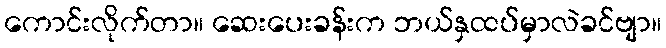
ကောင်းလိုက်တာ။ ဆေးပေးခန်းက ဘယ်နှထပ်မှာလဲခင်ဗျာ။